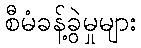
စီမံခန့်ခွဲမှုများ